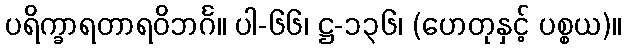
ပရိက္ခာရတာရဝိဘင်္ဂ။ ပါ-၆၆၊ ဋ္ဌ-၁၃၆၊ (ဟေတုနှင့် ပစ္စယ)။